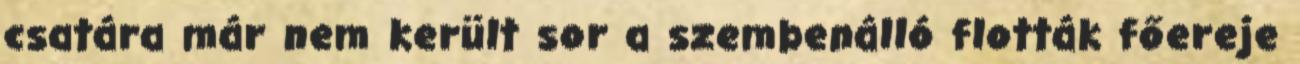
csatára már nem került sor a szembenálló flották főereje